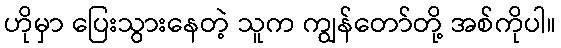
ဟိုမှာ ပြေးသွားနေတဲ့ သူက ကျွန်တော်တို့ အစ်ကိုပါ။